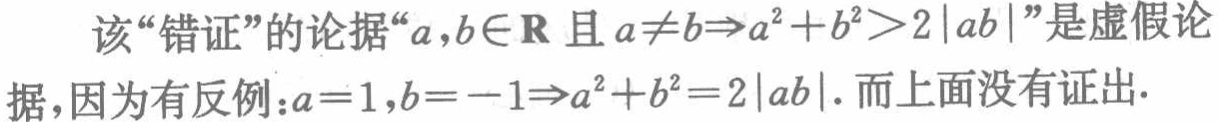
该“错证”的论据“\(a,b\in\mathbf{R}\)且\(a\neq b\Rightarrow a^{2}+b^{2}>2|ab|\)”是虚假论据,因为有反例：\(a = 1,b=-1\Rightarrow a^{2}+b^{2}=2|ab|\). 而上面没有证出.